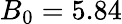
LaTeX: B_{0}=5.84